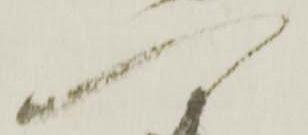
へ